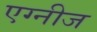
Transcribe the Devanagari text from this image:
एग्नीज